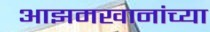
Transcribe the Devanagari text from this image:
आझमखानांच्या